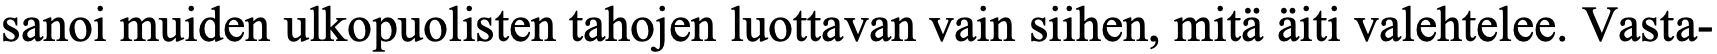
sanoi muiden ulkopuolisten tahojen luottavan vain siihen, mitä äiti valehtelee. Vasta-